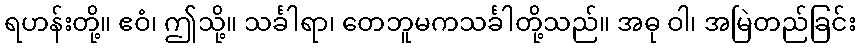
ရဟန်းတို့။ ဧဝံ၊ ဤသို့။ သင်္ခါရာ၊ တေဘူမကသင်္ခါတို့သည်။ အဓု ဝါ၊ အမြဲတည်ခြင်း